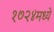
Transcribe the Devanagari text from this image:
१७२४मध्ये